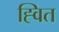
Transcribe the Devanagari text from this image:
ह्वित